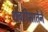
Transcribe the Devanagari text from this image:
शबरीमातेने